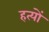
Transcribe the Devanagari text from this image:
हत्यों